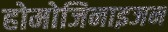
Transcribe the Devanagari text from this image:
होमोजिनाइजन